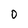
Character: 0